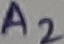
Text: A2